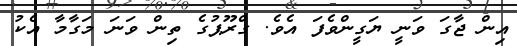
އިން ޖާގަ ވަނީ ޔަގީންވެފަ އެވެ. ގްރޫޕުގެ ތިން ވަނަ މަގާމާ އެކު